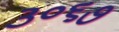
૩૦૬૭